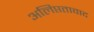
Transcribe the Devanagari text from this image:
अलिप्ततावाद